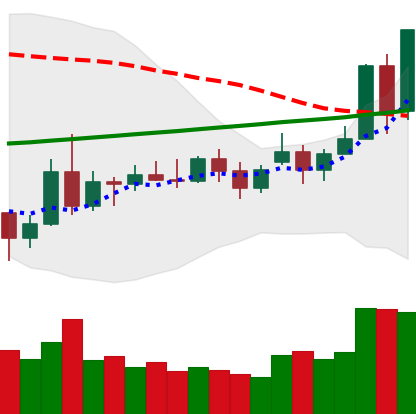
Ticker: NEO-USD
Chart end date: 2020-11-23
Forward return: -7.848%
Label: down_7plus